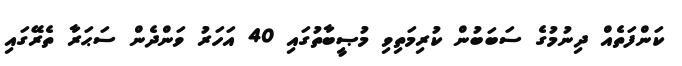
ކަންފަތެއް ދިނުމުގެ ސަބަބުން ކުރިމަތިވި މުޞީބާތުގައި 40 އަހަރު ވަންދެން ސަޙަރާ ތެރޭގައި